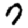
Digit: 7